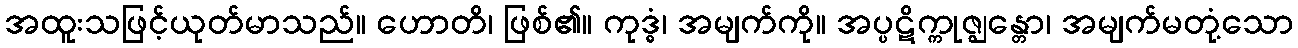
အထူးသဖြင့်ယုတ်မာသည်။ ဟောတိ၊ ဖြစ်၏။ ကုဒ္ဓံ၊ အမျက်ကို။ အပ္ပဋိက္ကုဇ္ဈန္တော၊ အမျက်မတုံ့သော